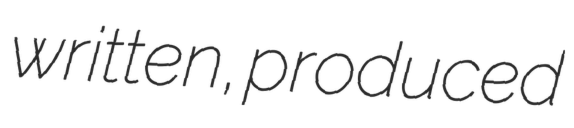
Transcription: written, produced